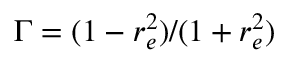
\Gamma = ( 1 - r _ { e } ^ { 2 } ) / ( 1 + r _ { e } ^ { 2 } )